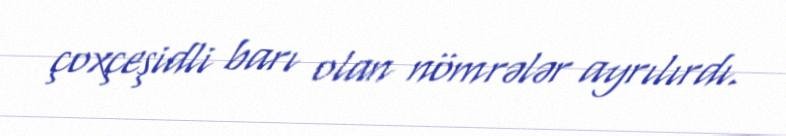
çoxçeşidli barı olan nömrələr ayrılırdı.